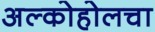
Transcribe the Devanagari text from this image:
अल्कोहोलचा